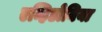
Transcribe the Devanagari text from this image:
एन्हिडोनिया